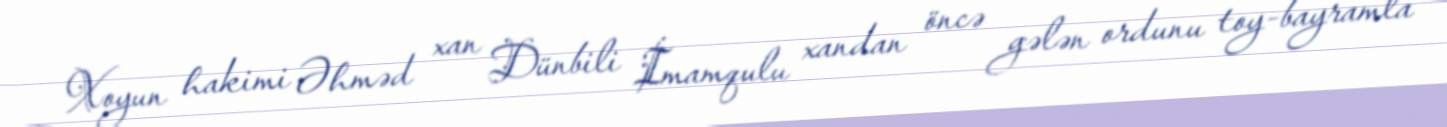
Xoyun hakimi Əhməd xan Dünbili İmamqulu xandan öncə gələn ordunu toy-bayramla